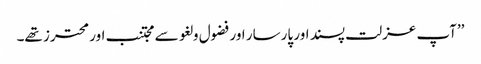
’’آپ عزلت پسند اور پارسار اور فضول و لغو سے مجتنب اور محترز تھے۔